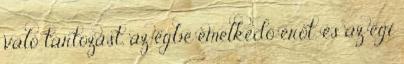
való tartozást, az égbe emelkedő erőt, és az égi